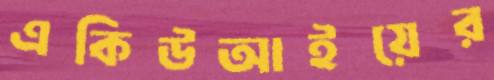
একিউআইয়ের